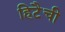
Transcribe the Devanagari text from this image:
हिटैची